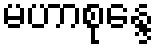
မဟာစုန္ဒေ